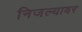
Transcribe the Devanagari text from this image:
निजल्यावर